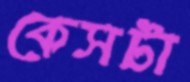
কেসটা